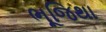
ભૂજિથા